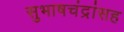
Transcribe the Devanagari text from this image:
सुभाषचंद्रांसह